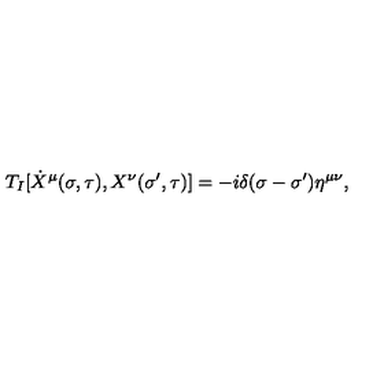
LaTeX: T _ { I } [ \dot { X } ^ { \mu } ( \sigma , \tau ) , X ^ { \nu } ( \sigma ^ { \prime } , \tau ) ] = - i \delta ( \sigma - \sigma ^ { \prime } ) \eta ^ { \mu \nu } ,